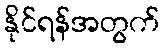
နိုင်ရန်အတွက်